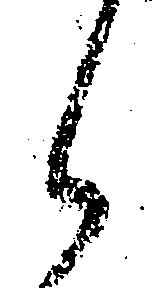
候